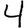
Digit: 4